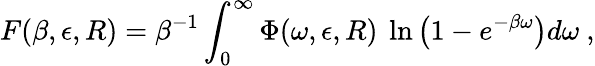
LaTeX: F(\beta,\epsilon,R)=\beta^{-1}\int_{0}^{\infty}\Phi(\omega,\epsilon,R)~\ln\left(1-e^{-\beta\omega}\right)d\omega~,